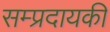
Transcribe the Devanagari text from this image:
सम्प्रदायकी